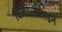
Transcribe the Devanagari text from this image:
वित्गीन्सताइन